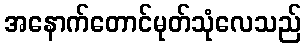
အနောက်တောင်မုတ်သုံလေသည်